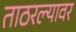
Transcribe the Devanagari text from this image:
ताठरल्यावर